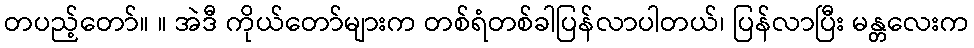
တပည့်တော်။ ။ အဲဒီ ကိုယ်တော်များက တစ်ရံတစ်ခါပြန်လာပါတယ်၊ ပြန်လာပြီး မန္တလေးက